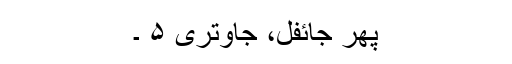
پھر جائفل، جاوِتری ۵ ۔